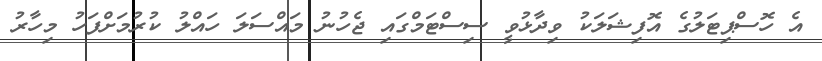
އެ ހޮސްޕިޓަލުގެ އޮފިޝަލަކު ވިދާޅުވީ ސިސްޓަމްގައި ޖެހުނު މައްސަލަ ހައްލު ކުރުމަށްފަހު މިހާރު